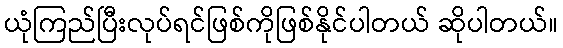
ယုံကြည်ပြီးလုပ်ရင်ဖြစ်ကိုဖြစ်နိုင်ပါတယ် ဆိုပါတယ်။